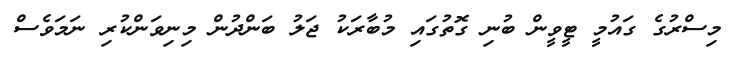
މިސްރުގެ ގައުމީ ޓީވީން ބުނި ގޮތުގައި މުބާރަކު ޖަލު ބަންދުން މިނިވަންކުރި ނަމަވެސް